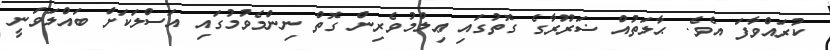
ކުރައްވާފަ އެވެ. ޙާލަތުއް ޟަރޫރާގެ ގޮތުގައި ޢިލްމުވެރިން ގޮތް ނިންމެވުމުގައި އަސްލަކަށް ބައްލަވަނީ